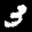
Label: 3